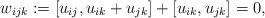
LaTeX: \begin{gather*}w_{ijk} := [u_{ij},u_{ik}+u_{jk}]+[u_{ik},u_{jk}]=0 ,\end{gather*}